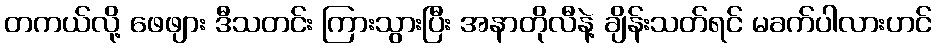
တကယ်လို့ ဖေဖျား ဒီသတင်း ကြားသွားပြီး အနာတိုလီနဲ့ ချိန်းသတ်ရင် မခက်ပါလားဟင်